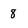
Character: 8